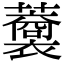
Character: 𧃥